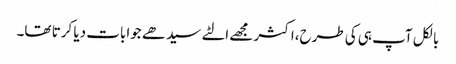
بالکل آپ ہی کی طرح،اکثر مجھے الٹے سیدھے جوابات دیا کرتا تھا۔